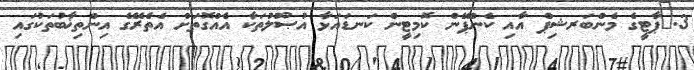
3.	ޕާޓީގެ މެންބަރޝިޕް އާއި ކެންޕޭން ކޮމިޓީން ކަނޑައަޅާ އުޞޫލުތަކާ އެއްގޮތަށް އެތެރޭގެ އިންތިޚާބުތަކުގައި